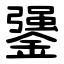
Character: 䥒